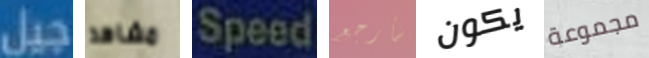
جيل مشاهد Speed سأرجع يكون مجموعة